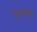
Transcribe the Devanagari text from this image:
हैसंचार